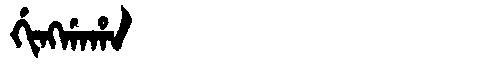
Manchu: ᡤᡳᠩᡤᠠᡥᠠ
Romanization: GINGGAHA